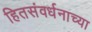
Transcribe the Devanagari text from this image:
हितसंवर्धनाच्या